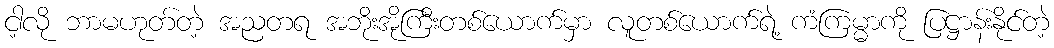
ငါ့လို ဘာမဟုတ်တဲ့ အညတရ အဘိုးအိုကြီးတစ်ယောက်မှာ လူတစ်ယောက်ရဲ့ ကံကြမ္မာကို ပြဋ္ဌာန်းနိုင်တဲ့